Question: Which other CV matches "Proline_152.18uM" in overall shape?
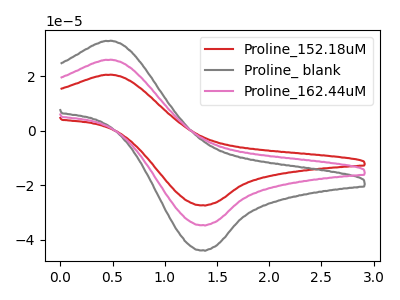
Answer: <think>The red curve "Proline_152.18uM" has an anodic peak at (0.50V, 51.95uA) and a cathodic peak at (1.35V, -69.05uA). The gray curve "Proline_ blank" has an anodic peak at (0.50V, 32.90uA) and a cathodic peak at (1.35V, -43.75uA). The pink curve "Proline_162.44uM" has an anodic peak at (0.50V, 26.00uA) and a cathodic peak at (1.35V, -34.55uA).
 All the peaks in "Proline_152.18uM" have a peak in "Proline_ blank" at the same potential. Every peak in "Proline_152.18uM" is higher than every peak in "Proline_ blank". All the peaks in "Proline_152.18uM" have a peak in "Proline_162.44uM" at the same potential. Every peak in "Proline_152.18uM" is higher than every peak in "Proline_162.44uM". All the peaks in "Proline_ blank" have a peak in "Proline_162.44uM" at the same potential. Every peak in "Proline_ blank" is higher than every peak in "Proline_162.44uM".</think>
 <answer>"Proline_152.18uM" and "Proline_162.44uM" have a similar shape to "Proline_ blank".</answer>
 <eval>"Proline_152.18uM" "Proline_162.44uM"</eval>